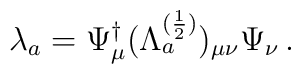
\lambda_a = \Psi_\mu ^\dagger (\Lambda_a ^{(\frac{1}{2})})_{\mu \nu} \Psi_\nu \,.